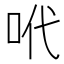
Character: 𠰺